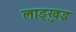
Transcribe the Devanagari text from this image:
लाङ्खुइ